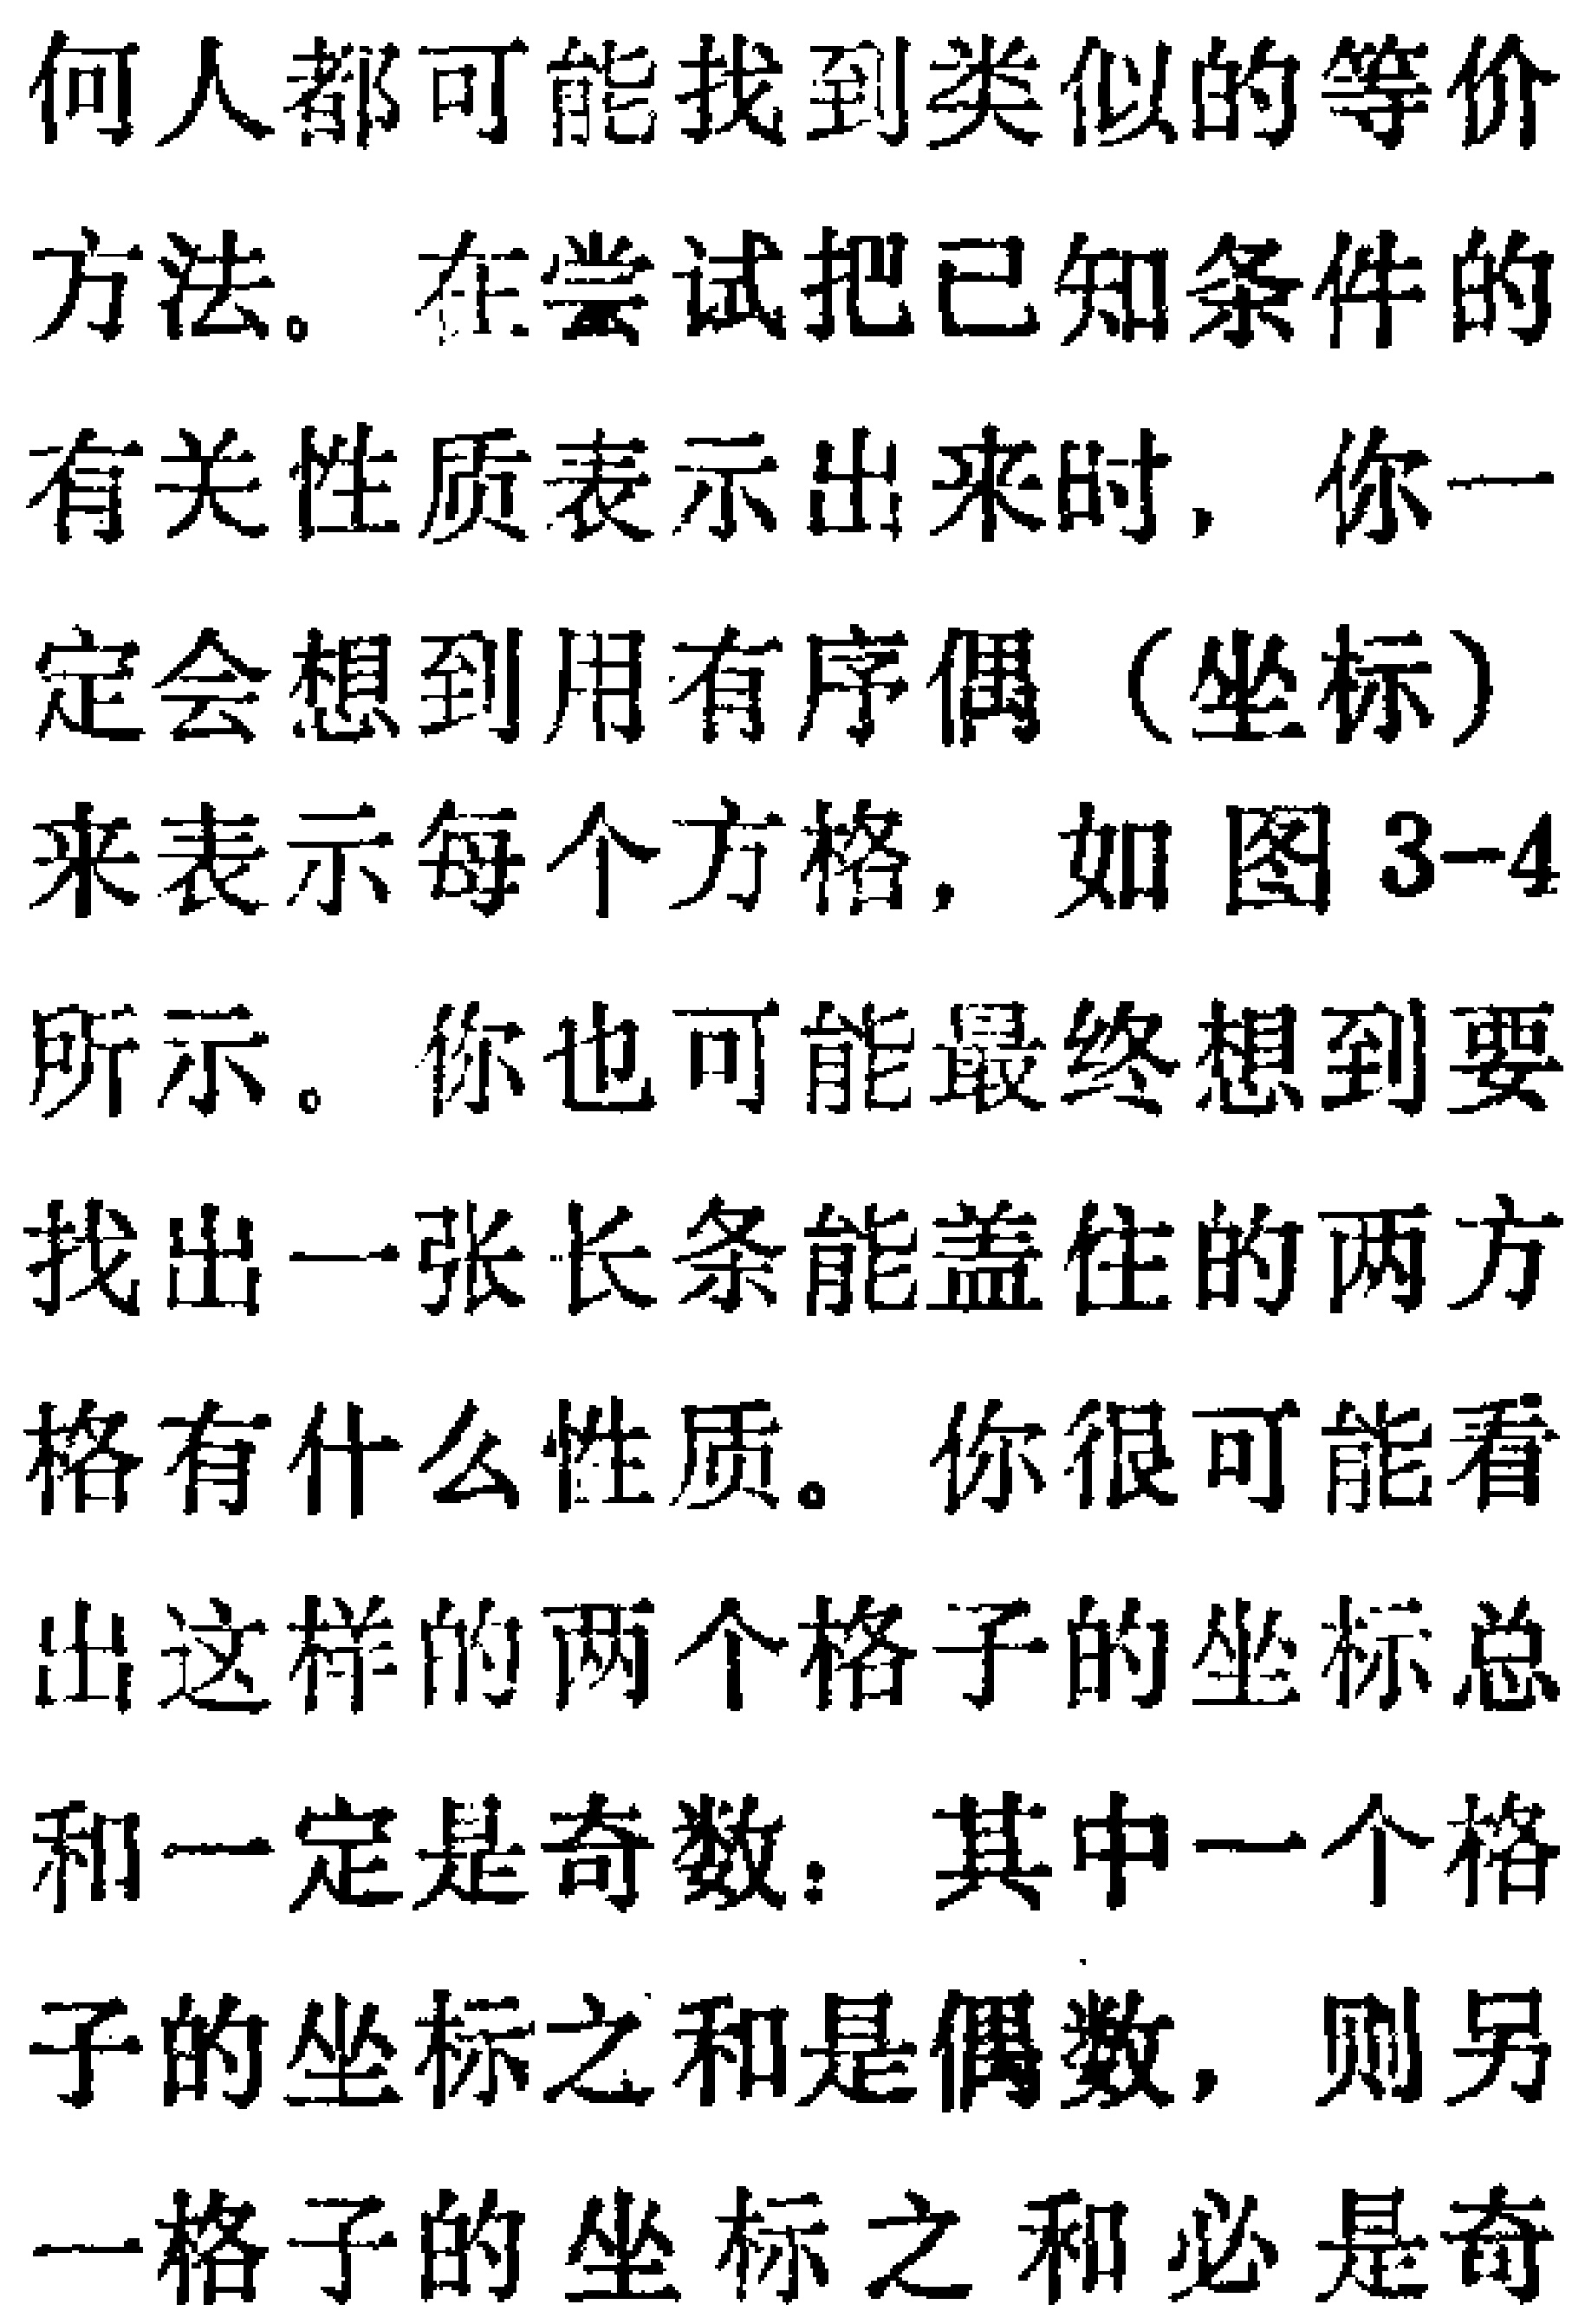
何人都可能找到类似的等价

方法。在尝试把已知条件的

有关性质表示出来时, 你一

定会想到用有序偶（坐标）

来表示每个方格, 如图 3-4

所示。你也可能最终想到要

找出一张长条能盖住的两方

格有什么性质。你很可能看

出这样的两个格子的坐标总

和一定是奇数：其中一个格

子的坐标之和是偶数, 则另

一格子的坐标之和必是奇